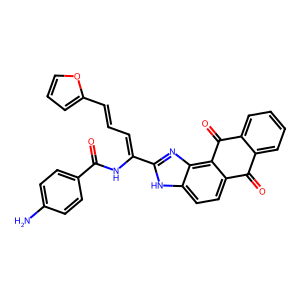
SMILES: Nc1ccc(C(=O)NC(=CC=Cc2ccco2)c2nc3c4c(ccc3[nH]2)C(=O)c2ccccc2C4=O)cc1
Inhibits HIV replication: No